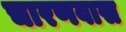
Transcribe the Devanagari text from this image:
चारणवास